Report on lock hospitals in British Burma
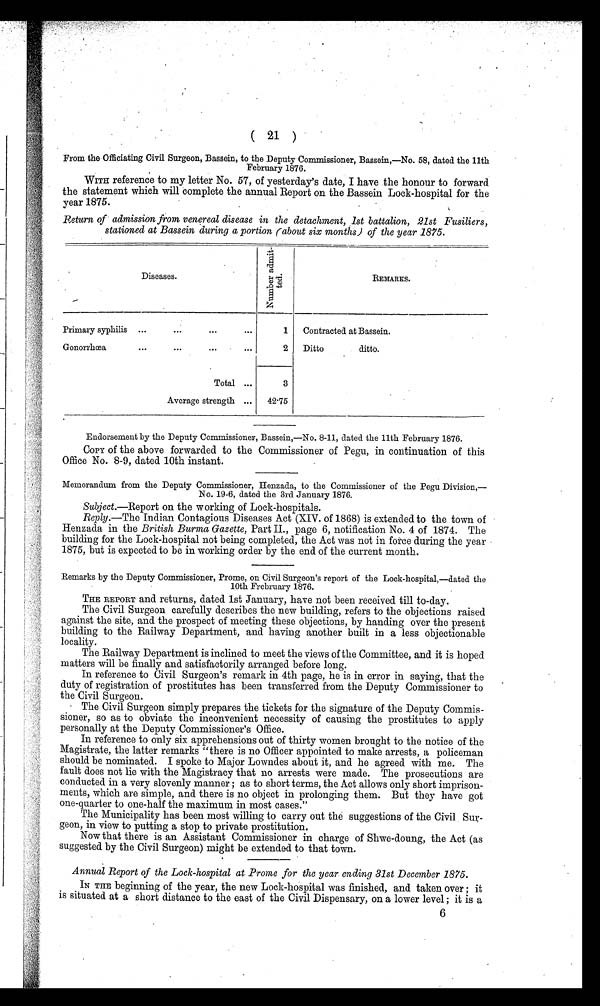
( 21 )
From the Officiating Civil Surgeon, Bassein, to the Deputy Commissioner, Bassein,—No. 58, dated the 11th
February 1876.
WITH reference to my letter No. 57, of yesterday's date, I have the honour to forward
the statement which will complete the annual Report on the Bassein Lock-hospital for the
year 1875.
Return of admission from venereal disease in the detachment, 1st battalion, 21st Fusiliers,
stationed at Bassein during a portion (about six months) of the year 1875.
•
Diseases.
N u m b e r a d m i t -
t e d .
REMARKS.
Primary syphilis ...
...
...
...
1
Contracted at Bassein.
Gonorrhœa
...
...
...
...
2
Ditto
ditto.
Total ...
3
Average strength ...
42.75
Endorsement by the Deputy Commissioner, Bassein,—No. 8-11, dated the 11th February 1876.
COPY of the above forwarded to the Commissioner of Pegu, in continuation of this
Office No. 8-9, dated 10th instant.
Memorandum, from the Deputy Commissioner, Henzada, to the Commissioner of the Pegu Division,—
No. 19-6, dated the 3rd January 1876.
Subject.—Report on the working of Lock-hospitals.
Reply.—The Indian Contagious Diseases Act (XIV. of 1868) is extended to the town of
Henzada in the British Burma Gazette, Part II., page 6, notification No. 4 of 1874. The
building for the Lock-hospital not being completed, the Act was not in force during the year
1875, but is expected to be in working order by the end of the current month.
Remarks by the Deputy Commissioner, Prome, on Civil Surgeon's report of the Lock-hospital,—dated the
10th Frebruary 1876.
THE REPORT and returns, dated 1st January, have not been received till to-day.
The Civil Surgeon carefully describes the new building, refers to the objections raised
against the site, and the prospect of meeting these objections, by handing over the present
building to the Railway Department, and having another built in a less objectionable
locality.
The Railway Department is inclined to meet the views of the Committee, and it is hoped
matters will be finally and satisfactorily arranged before long.
In reference to Civil Surgeon's remark in 4th page, he is in error in saying, that the
duty of registration of prostitutes has been transferred from the Deputy Commissioner to
the Civil Surgeon.
The Civil Surgeon simply prepares the tickets for the signature of the Deputy Commis-
sioner, so as to obviate the inconvenient necessity of causing the prostitutes to apply
personally at the Deputy Commissioner's Office.
In reference to only six apprehensions out of thirty women brought to the notice of the
Magistrate, the latter remarks "there is no Officer appointed to make arrests, a policeman
should be nominated. I spoke to Major Lowndes about it, and he agreed with me. The
fault does not lie with the Magistracy that no arrests were made. The prosecutions are
conducted in a very slovenly manner ; as to short terms, the Act allows only short imprison-
ments, which are simple, and there is no object in prolonging them. But they have got
one-quarter to one-half the maximum in most cases."
The Municipality has been most willing to carry out the suggestions of the Civil Sur-
geon, in view to putting a stop to private prostitution.
Now that there is an Assistant Commissioner in charge of Shwe-doung, the Act (as
suggested by the Civil Surgeon) might be extended to that town.
Annual Report of the Lock-hospital at Prome for the year ending 31st December 1875.
IN THE beginning of the year, the new Lock-hospital was finished, and taken over ; it
is situated at a short distance to the east of the Civil Dispensary, on a lower level ; it is a 6